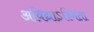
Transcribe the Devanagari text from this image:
अविद्याऽस्मिता